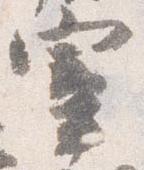
宰